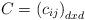
LaTeX: \begin{align*}C={(c_{ij})}_{dxd}\end{align*}